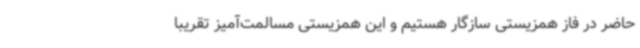
حاضر در فاز همزیستی سازگار هستیم و این همزیستی مسالمت‌آمیز تقریبا